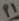
Text: P1